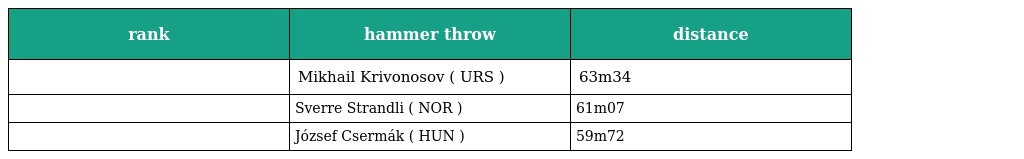
| rank | hammer throw | distance |
 | --- | --- | --- |
 |  | Mikhail Krivonosov ( URS ) | 63m34 |
 |  | Sverre Strandli ( NOR ) | 61m07 |
 |  | József Csermák ( HUN ) | 59m72 |